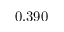
0 . 3 9 0